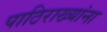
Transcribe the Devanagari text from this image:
पाठिराख्यांना